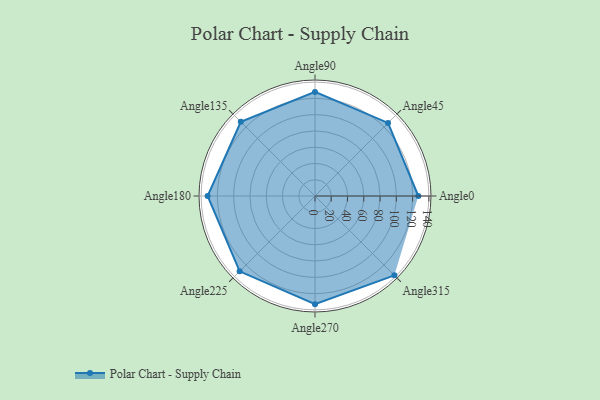
{"axis": {"x": "Angle", "y": "Radius"}, "legend": [""], "data": [{"x": "Angle0", "y": 127.0, "type": ""}, {"x": "Angle45", "y": 127.0, "type": ""}, {"x": "Angle90", "y": 128.0, "type": ""}, {"x": "Angle135", "y": 129.0, "type": ""}, {"x": "Angle180", "y": 132.0, "type": ""}, {"x": "Angle225", "y": 131.0, "type": ""}, {"x": "Angle270", "y": 133.0, "type": ""}, {"x": "Angle315", "y": 138.0, "type": ""}]}